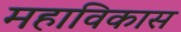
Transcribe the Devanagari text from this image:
महाविकास